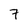
Character: 7